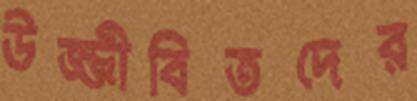
উজ্জীবিতদের